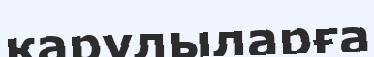
қарулыларға